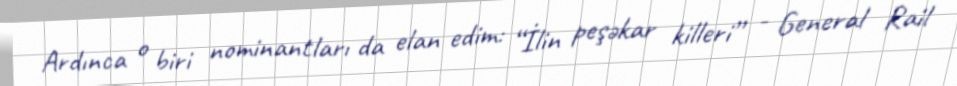
Ardınca o biri nominantları da elan edim: “İlin peşəkar killeri” - General Rail